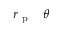
r _ { \mathrm { ~ p ~ } } \Lt \theta